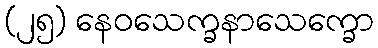
(၂၅) နေဝသေက္ခနာသေက္ခော